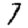
Digit: 7